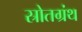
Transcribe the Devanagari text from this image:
स्रोतग्रंथ